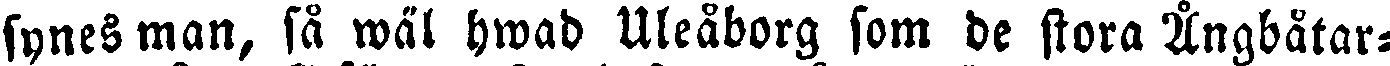
synes man, så wäl hwad Uleåborg som de stora Ångbåtar-